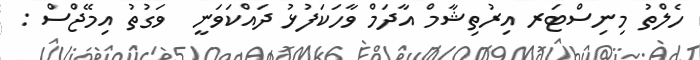
ހެލްތު މިނިސްޓަރ އިރުތިޝާމް އާދަމް ވާހަކަފުޅު ދައްކަވަނީ  ވަގުތު އިމޭޖްސް :